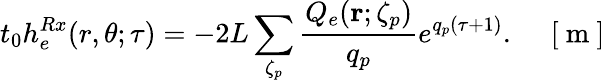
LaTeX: t_{0}h_{e}^{Rx}(r,\theta;\tau)=-2L\sum_{\zeta_{p}}\frac{Q_{e}({\mathbf r};\zeta_{p})}{q_{p}}e^{q_{p}(\tau+1)}.\quad\mathrm{~[~m~]~}